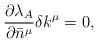
LaTeX: \begin{align*}{}\frac{\partial \lambda_A}{\partial \bar{n}^\mu} \delta k^\mu = 0,\end{align*}